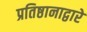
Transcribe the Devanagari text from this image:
प्रतिष्ठानाद्वारे